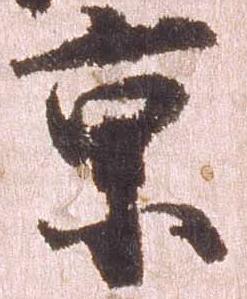
京